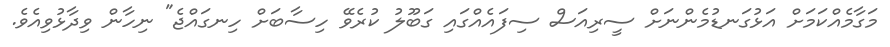
މަގާމެއްކަމަށް އަޅުގަނޑުމެންނަށް ސީރިއަސް ސިފައެއްގައި ގަބޫލު ކުރެވޭ ހިސާބަށް ހިނގައްޖެ" ނިހާން ވިދާޅުވިއެވެ.